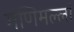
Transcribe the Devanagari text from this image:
मणिमल्लां